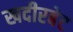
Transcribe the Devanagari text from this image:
खदीरबेट